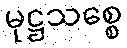
မုဋ္ဌသစ္စေ